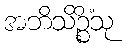
အဘိသိဉ္စိံသု